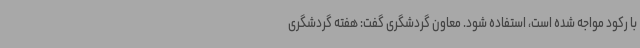
با رکود مواجه شده است، استفاده شود. معاون گردشگری گفت: هفته گردشگری